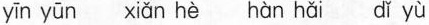
yīn yūn xiǎn hè hàn hǎi dǐ yù